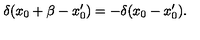
\delta ( x _ { 0 } + \beta - x _ { 0 } ^ { \prime } ) = - \delta ( x _ { 0 } - x _ { 0 } ^ { \prime } ) .